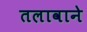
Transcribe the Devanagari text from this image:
तलावाने